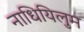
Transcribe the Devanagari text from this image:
नाधियिलुम